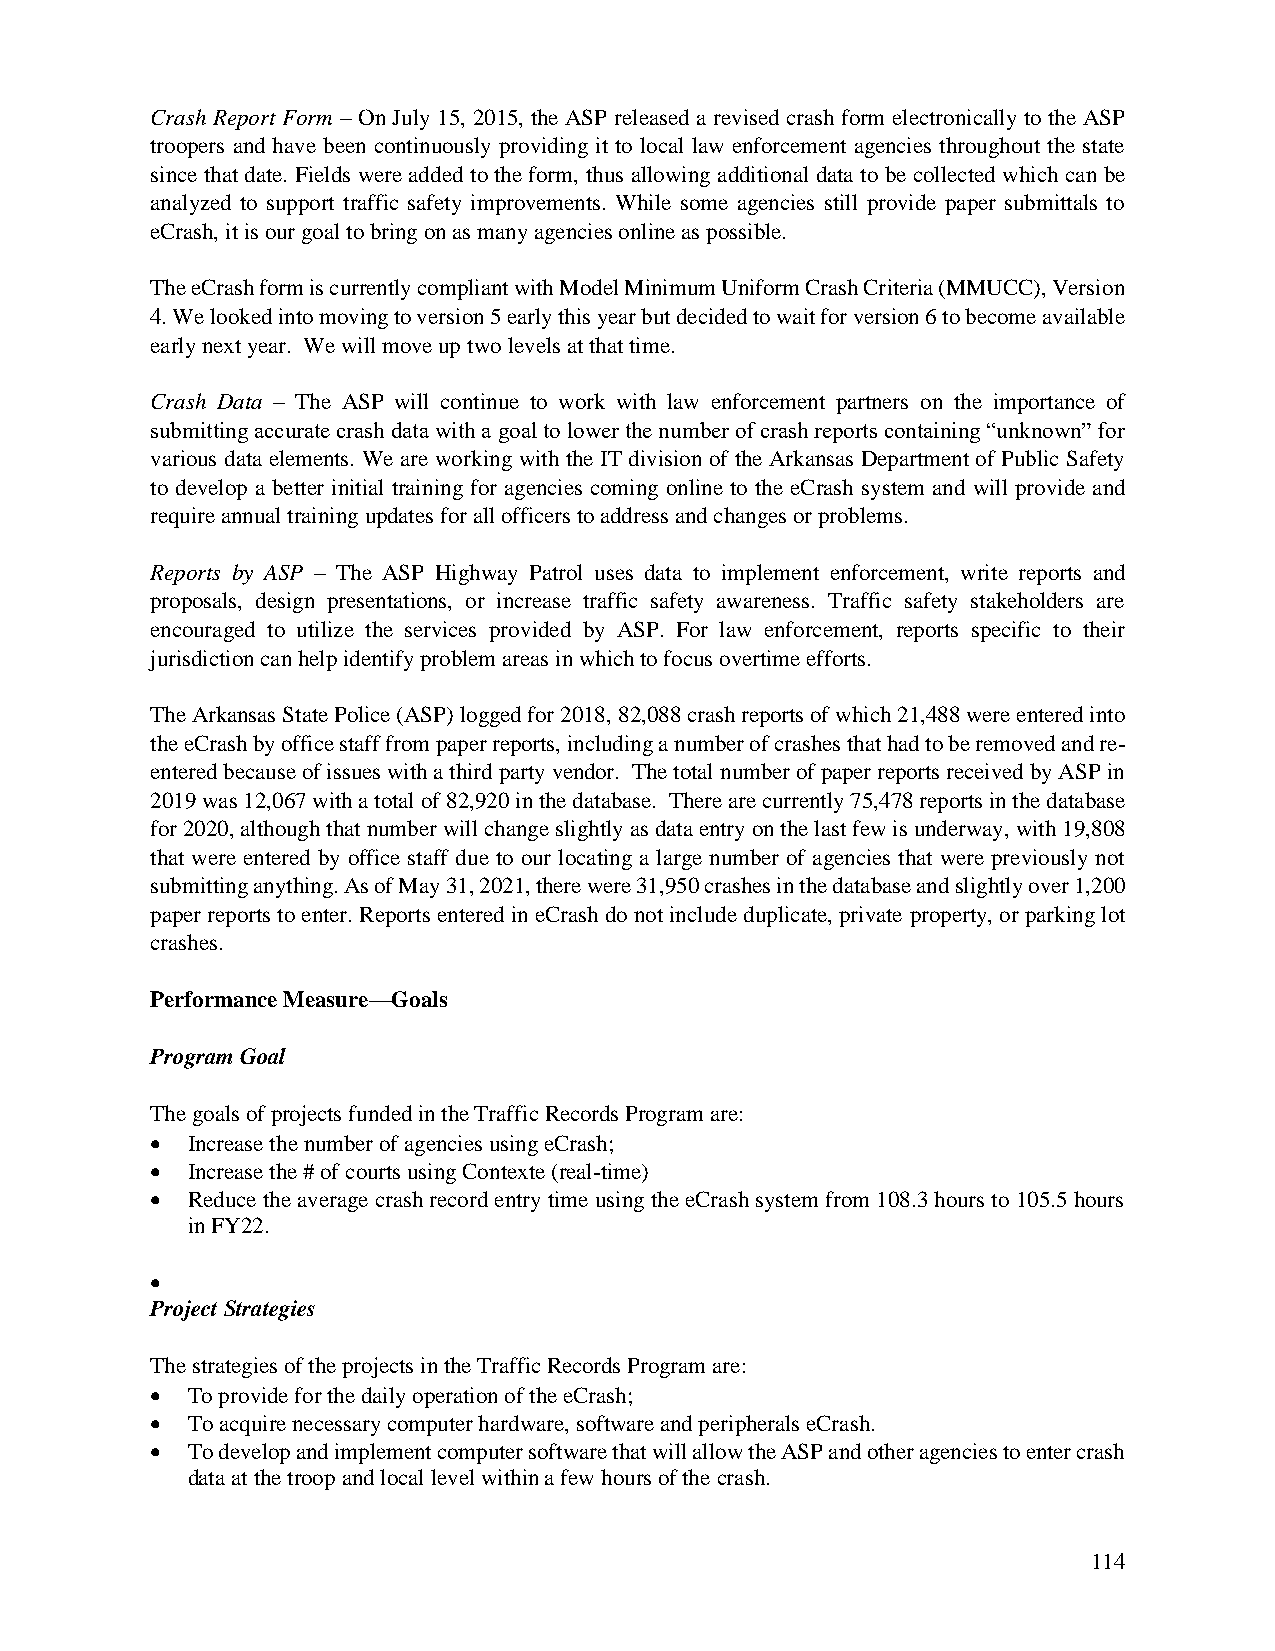
Crash Report Form – On July 15, 2015, the ASP released a revised crash form electronically to the ASP
 troopers and have been continuously providing it to local law enforcement agencies throughout the state
 since that date. Fields were added to the form, thus allowing additional data to be collected which can be
 analyzed to support traffic safety improvements. While some agencies still provide paper submittals to
 eCrash, it is our goal to bring on as many agencies online as possible.
 The eCrash form is currently compliant with Model Minimum Uniform Crash Criteria (MMUCC), Version
 4. We looked into moving to version 5 early this year but decided to wait for version 6 to become available
 early next year. We will move up two levels at that time.
 Crash Data – The ASP will continue to work with law enforcement partners on the importance of
 submitting accurate crash data with a goal to lower the number of crash reports containing “unknown” for
 various data elements. We are working with the IT division of the Arkansas Department of Public Safety
 to develop a better initial training for agencies coming online to the eCrash system and will provide and
 require annual training updates for all officers to address and changes or problems.
 Reports by ASP – The ASP Highway Patrol uses data to implement enforcement, write reports and
 proposals, design presentations, or increase traffic safety awareness. Traffic safety stakeholders are
 encouraged to utilize the services provided by ASP. For law enforcement, reports specific to their
 jurisdiction can help identify problem areas in which to focus overtime efforts.
 The Arkansas State Police (ASP) logged for 2018, 82,088 crash reports of which 21,488 were entered into
 the eCrash by office staff from paper reports, including a number of crashes that had to be removed and re-
 entered because of issues with a third party vendor. The total number of paper reports received by ASP in
 2019 was 12,067 with a total of 82,920 in the database. There are currently 75,478 reports in the database
 for 2020, although that number will change slightly as data entry on the last few is underway, with 19,808
 that were entered by office staff due to our locating a large number of agencies that were previously not
 submitting anything. As of May 31, 2021, there were 31,950 crashes in the database and slightly over 1,200
 paper reports to enter. Reports entered in eCrash do not include duplicate, private property, or parking lot
 crashes.
 Performance Measure—Goals
 Program Goal
 The goals of projects funded in the Traffic Records Program are:
 • Increase the number of agencies using eCrash;
 • Increase the # of courts using Contexte (real-time)
 • Reduce the average crash record entry time using the eCrash system from 108.3 hours to 105.5 hours
 in FY22.
 •
 Project Strategies
 The strategies of the projects in the Traffic Records Program are:
 • To provide for the daily operation of the eCrash;
 • To acquire necessary computer hardware, software and peripherals eCrash.
 • To develop and implement computer software that will allow the ASP and other agencies to enter crash
 data at the troop and local level within a few hours of the crash.
 114